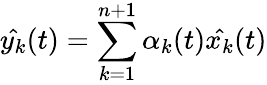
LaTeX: {\hat{y_{k}}}(t)=\sum_{k=1}^{n+1}\alpha_{k}(t){\hat{x_{k}}}(t)